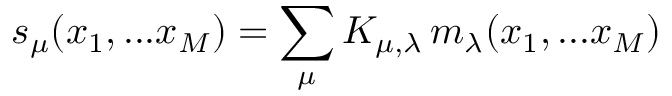
s _ { \mu } ( x _ { 1 } , . . . x _ { M } ) = \sum _ { \mu } K _ { \mu , \lambda } \, m _ { \lambda } ( x _ { 1 } , . . . x _ { M } )